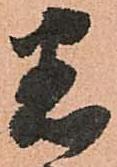
恣